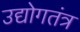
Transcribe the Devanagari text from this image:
उद्योगतंत्र